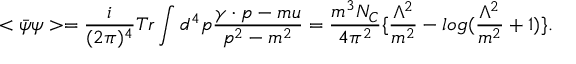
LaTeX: < \bar { \psi } \psi > = { \frac { i } { ( 2 \pi ) ^ { 4 } } } T r \int d ^ { 4 } p \frac { \gamma \cdot p - m u } { p ^ { 2 } - m ^ { 2 } } = \frac { m ^ { 3 } N _ { C } } { 4 \pi ^ { 2 } } \{ { \frac { \Lambda ^ { 2 } } { m ^ { 2 } } } - l o g ( { \frac { \Lambda ^ { 2 } } { m ^ { 2 } } } + 1 ) \} .